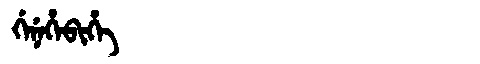
Manchu: ᡤᡝᠨᡝᡥᡝᠪᡳᡥᡝ
Romanization: GENEHEBIHE